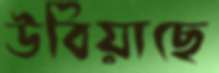
উবিয়াছে